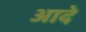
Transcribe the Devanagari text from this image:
आदे